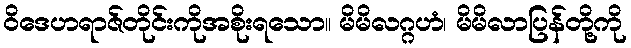
ဝိဒေဟရာဇ်တိုင်းကိုအစိုးရသော။ မိမိလဂ္ဂဟံ၊ မိမိလာပြန်တို့ကို